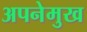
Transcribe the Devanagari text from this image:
अपनेमुख